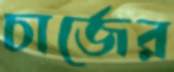
চার্জের